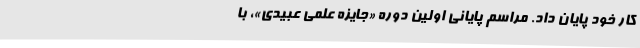
کار خود پایان داد. مراسم پایانی اولین دوره «جایزه علمی عبیدی»، با